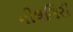
નીલગિરી